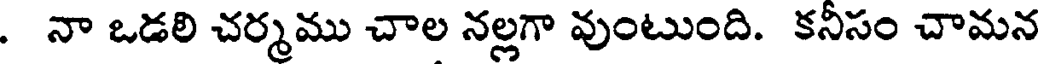
. నా ఒడలి చర్మము చాల నల్లగా వుంటుంది. కనీసం చామన